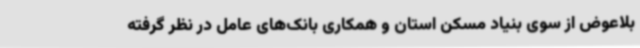
بلاعوض از سوی بنیاد مسکن استان و همکاری بانک‌های عامل در نظر گرفته